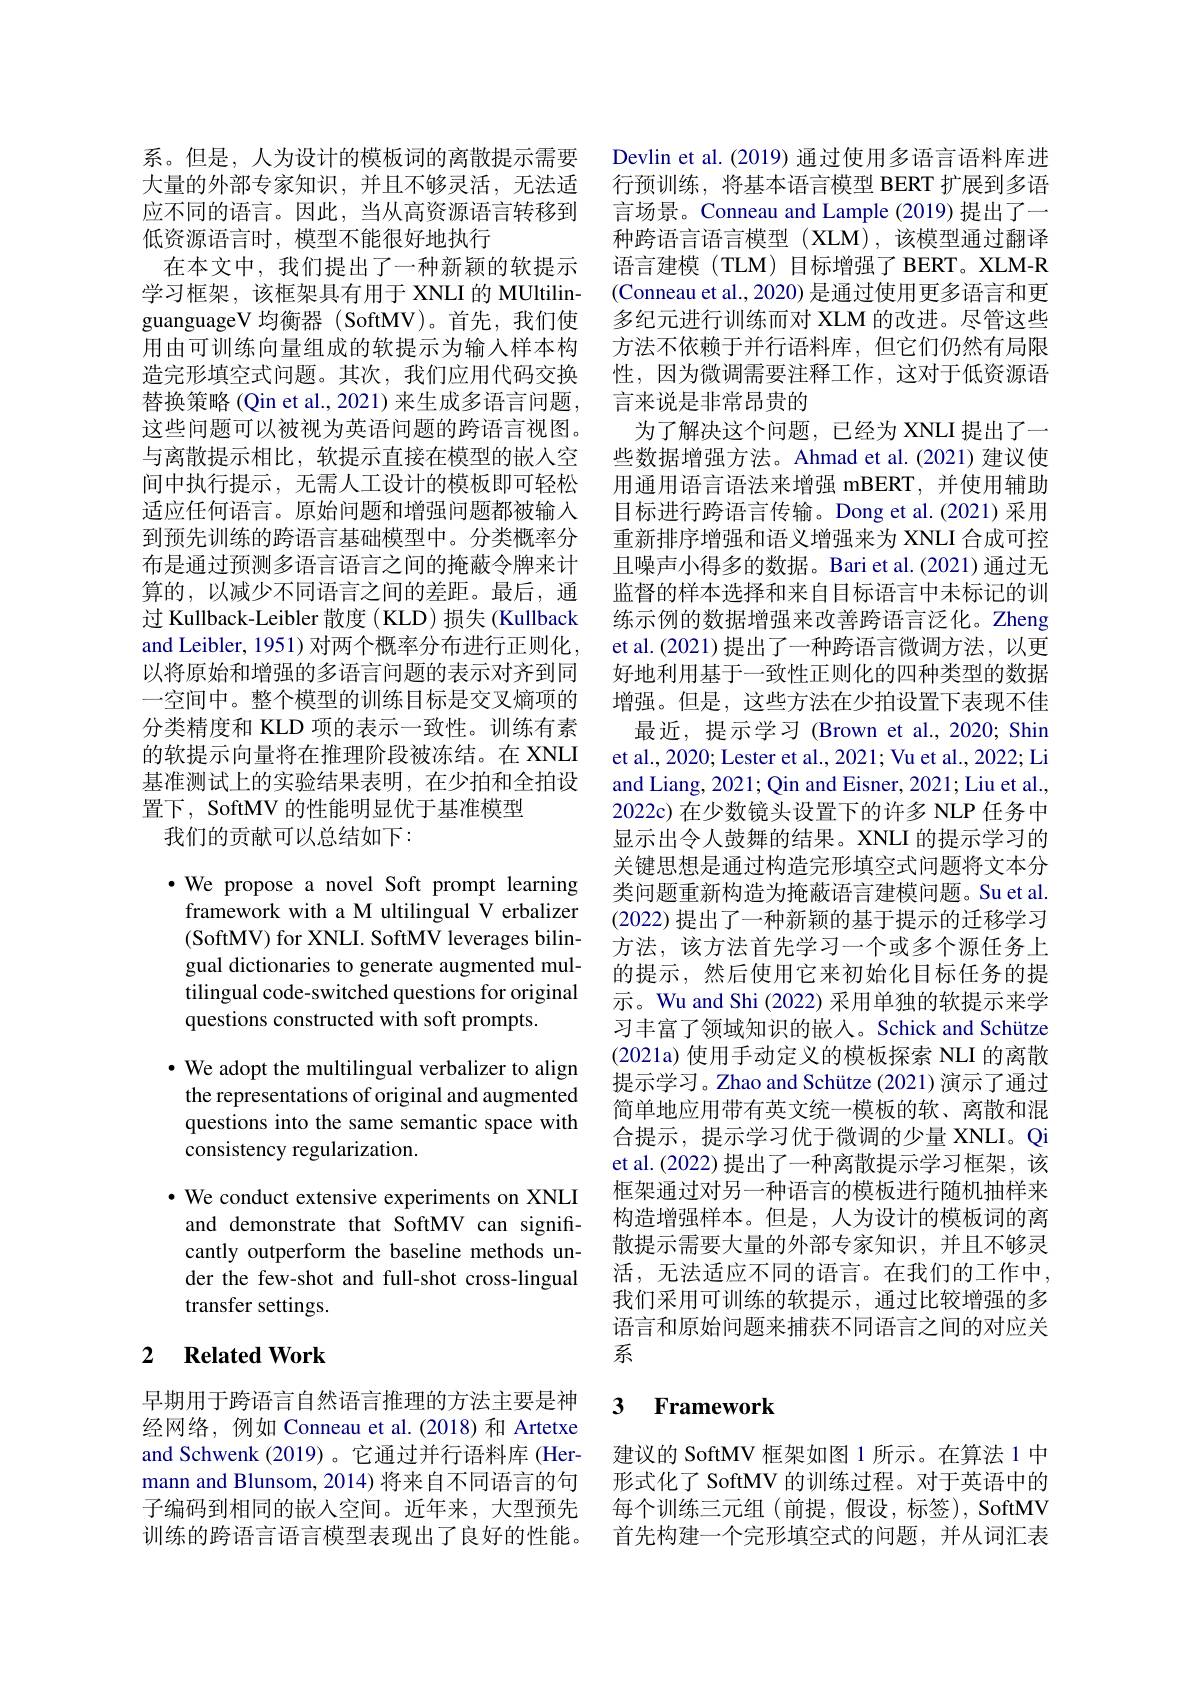
系。但是，人为设计的模板词的离散提示需要大量的外部专家知识，并且不够灵活，无法适应不同的语言。因此，当从高资源语言转移到低资源语言时，模型不能很好地执行
在本文中，我们提出了一种新颖的软提示学习框架，该框架具有用于 XNLI 的 MUltilinguanguageV 均衡器 (SoftMV)。首先，我们使用由可训练向量组成的软提示为输入样本构造完形填空式问题。其次，我们应用代码交换替换策略 (Qin et al., 2021) 来生成多语言问题， 这些问题可以被视为英语问题的跨语言视图。与离散提示相比，软提示直接在模型的嵌入空间中执行提示，无需人工设计的模板即可轻松适应任何语言。原始问题和增强问题都被输入到预先训练的跨语言基础模型中。分类概率分布是通过预测多语言语言之间的掩蔽令牌来计算的，以减少不同语言之间的差距。最后，通过 Kullback-Leibler 散度 ( KLD) 损失 (Kullback and Leibler, 1951) 对两个概率分布进行正则化， 以将原始和增强的多语言问题的表示对齐到同一空间中。整个模型的训练目标是交叉熵项的分类精度和 KLD 项的表示一致性。训练有素的软提示向量将在推理阶段被冻结。在 XNLI 基准测试上的实验结果表明，在少拍和全拍设置下，SoftMV 的性能明显优于基准模型
我们的贡献可以总结如下：

$\cdot$ We propose a novel Soft prompt learning framework with a M ultilingual V erbalizer ( SoftMV) for XNLI. SoftMV leverages bilin- gual dictionaries to generate augmented multilingual code-switched questions for original questions constructed with soft prompts.

$\cdot$ We adopt the multilingual verbalizer to align

the representations of original and augmented

questions into the same semantic space with

consistency regularization.

$\cdot$ We conduct extensive experiments on XNLI and demonstrate that SoftMV can significantly outperform the baseline methods under the few-shot and full-shot cross-lingual transfer settings.

## 2 Related Work

早期用于跨语言自然语言推理的方法主要是神经网络，例如 Conneau et al.(2018) 和 Artetxe and Schwenk (2019)。它通过并行语料库 (Hermann and Blunsom, 2014) 将来自不同语言的句子编码到相同的嵌入空间。近年来，大型预先训练的跨语言语言模型表现出了良好的性能。

Devlin et al. (2019) 通过使用多语言语料库进行预训练，将基本语言模型 BERT 扩展到多语言场景。Conneau and Lample (2019) 提出了一种跨语言语言模型(XLM),该模型通过翻译语言建模(TLM)目标增强了BERT。XLM-R (Conneau et al., 2020) 是通过使用更多语言和更多纪元进行训练而对 XLM 的改进。尽管这些方法不依赖于并行语料库，但它们仍然有局限性，因为微调需要注释工作，这对于低资源语言来说是非常昂贵的
为了解决这个问题，已经为 XNLI 提出了一些数据增强方法。Ahmad et al.(2021)建议使用通用语言语法来增强 mBERT,并使用辅助目标进行跨语言传输。Dong et al.(2021)采用重新排序增强和语义增强来为 XNLI 合成可控且噪声小得多的数据。Bari et al.(2021)通过无监督的样本选择和来自目标语言中未标记的训练示例的数据增强来改善跨语言泛化。Zheng et al.(2021)提出了一种跨语言微调方法，以更好地利用基于一致性正则化的四种类型的数据增强。但是，这些方法在少拍设置下表现不佳
最近，提示学习 (Brown et al.,2020; Shin et al., 2020; Lester et al., 2021; Vu et al., 2022; Li and Liang, 2021; Qin and Eisner, 2021; Liu et al., 2022c) 在少数镜头设置下的许多 NLP 任务中显示出令人鼓舞的结果。XNLI 的提示学习的关键思想是通过构造完形填空式问题将文本分类问题重新构造为掩蔽语言建模问题。Su et al. (2022) 提出了一种新颖的基于提示的迁移学习方法，该方法首先学习一个或多个源任务上的提示，然后使用它来初始化目标任务的提示。Wu and Shi (2022) 采用单独的软提示来学习丰富了领域知识的嵌入。Schick and Schütze (2021a) 使用手动定义的模板探索 NLI 的离散提示学习。Zhao and Schütze (2021) 演示了通过简单地应用带有英文统一模板的软、离散和混合提示，提示学习优于微调的少量 XNLI。Qi et al.(2022) 提出了一种离散提示学习框架，该框架通过对另一种语言的模板进行随机抽样来构造增强样本。但是，人为设计的模板词的离散提示需要大量的外部专家知识，并且不够灵活，无法适应不同的语言。在我们的工作中， 我们采用可训练的软提示，通过比较增强的多语言和原始问题来捕获不同语言之间的对应关系

### 3 $\textbf{Framework}$

建议的 SoftMV 框架如图 1 所示。在算法 1 中形式化了 SoftMV 的训练过程。对于英语中的每个训练三元组(前提，假设，标签), SoftMV 首先构建一个完形填空式的问题，并从词汇表